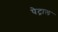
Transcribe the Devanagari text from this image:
पेट्राल